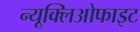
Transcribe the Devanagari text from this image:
न्यूक्लिओफाइट